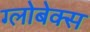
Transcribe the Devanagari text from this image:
ग्लोबेक्स